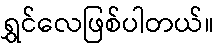
ရွှင်လေဖြစ်ပါတယ်။